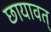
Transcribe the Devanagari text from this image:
छायावत्‌